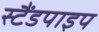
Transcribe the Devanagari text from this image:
स्टैंडपाइप